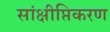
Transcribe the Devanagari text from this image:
सांक्षीप्तिकरण